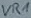
Text: VR1